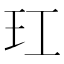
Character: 玒